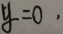
y = 0 ,